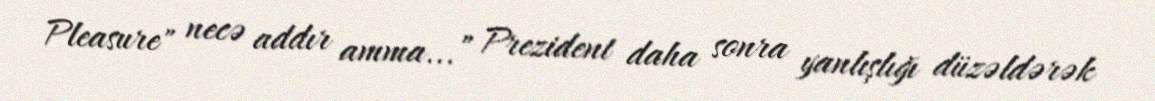
Pleasure" necə addır amma...” Prezident daha sonra yanlışlığı düzəldərək